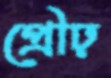
প্রৌঢ়